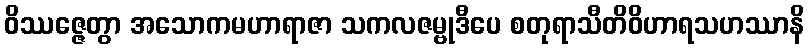
ဝိဿဇ္ဇေတွာ အသောကမဟာရာဇာ သကလဇမ္ဗုဒီပေ စတုရာသီတိဝိဟာရသဟဿာနိ